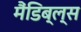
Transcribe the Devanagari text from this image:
मैंडिब्ल्स